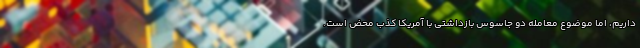
داریم، اما موضوع معامله دو جاسوس بازداشتی با آمریکا کذب محض است.